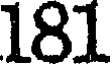
181